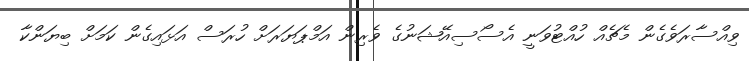
ވިއްސާރަވެގެން މެޗެއް ހުއްޓުވަނީ އެސޯސިއޭޝަނުގެ ވެރިން އަމްޕަޔަރަށް ހުރަސް އަޅައިގެން ކަމަށް ބިޔަންކާ